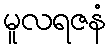
မူလရဇနံ